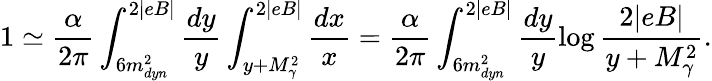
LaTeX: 1\simeq\frac{\alpha}{2\pi}\int_{6m_{dyn}^{2}}^{2|eB|}\frac{dy}{y}\int_{y+M_{\gamma}^{2}}^{2|eB|}\frac{dx}{x}=\frac{\alpha}{2\pi}\int_{6m_{dyn}^{2}}^{2|eB|}\frac{dy}{y}\log\frac{2|eB|}{y+M_{\gamma}^{2}}.